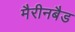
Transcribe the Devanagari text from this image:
मैरीनबैड